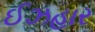
ઈઝહાર